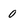
Character: 0